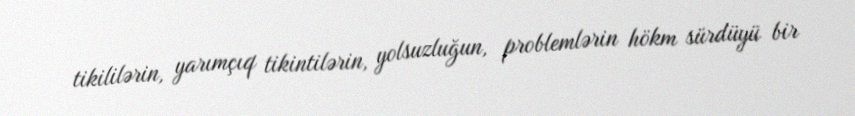
tikililərin, yarımçıq tikintilərin, yolsuzluğun, problemlərin hökm sürdüyü bir